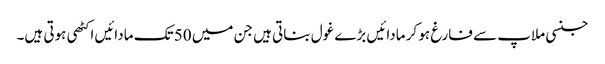
جنسی ملاپ سے فارغ ہو کر مادائیں بڑے غول بناتی ہیں جن میں 50 تک مادائیں اکٹھی ہوتی ہیں۔